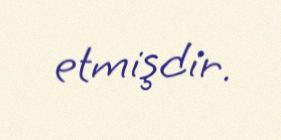
etmişdir.